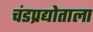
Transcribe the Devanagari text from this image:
चंडप्रद्योताला